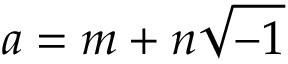
a = m + n { \sqrt { - 1 } }